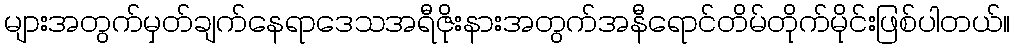
များအတွက်မှတ်ချက်နေရာဒေသအရီဇိုးနားအတွက်အနီရောင်တိမ်တိုက်မိုင်းဖြစ်ပါတယ်။